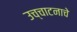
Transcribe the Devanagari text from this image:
उच्चाटनाचे